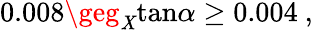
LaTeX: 0.008\geg_{\mathit{X}}\mathrm{{tan}}\alpha\ge0.004~,